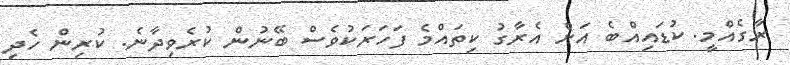
ރާގެއްމީ. ކުޑައިއްބެ އަށް އެރާގު ކިތައްމެ ފަހަރަކުވެސް ބޭނުން ކުރެވިދާނެ. ކުރިން ހެދި